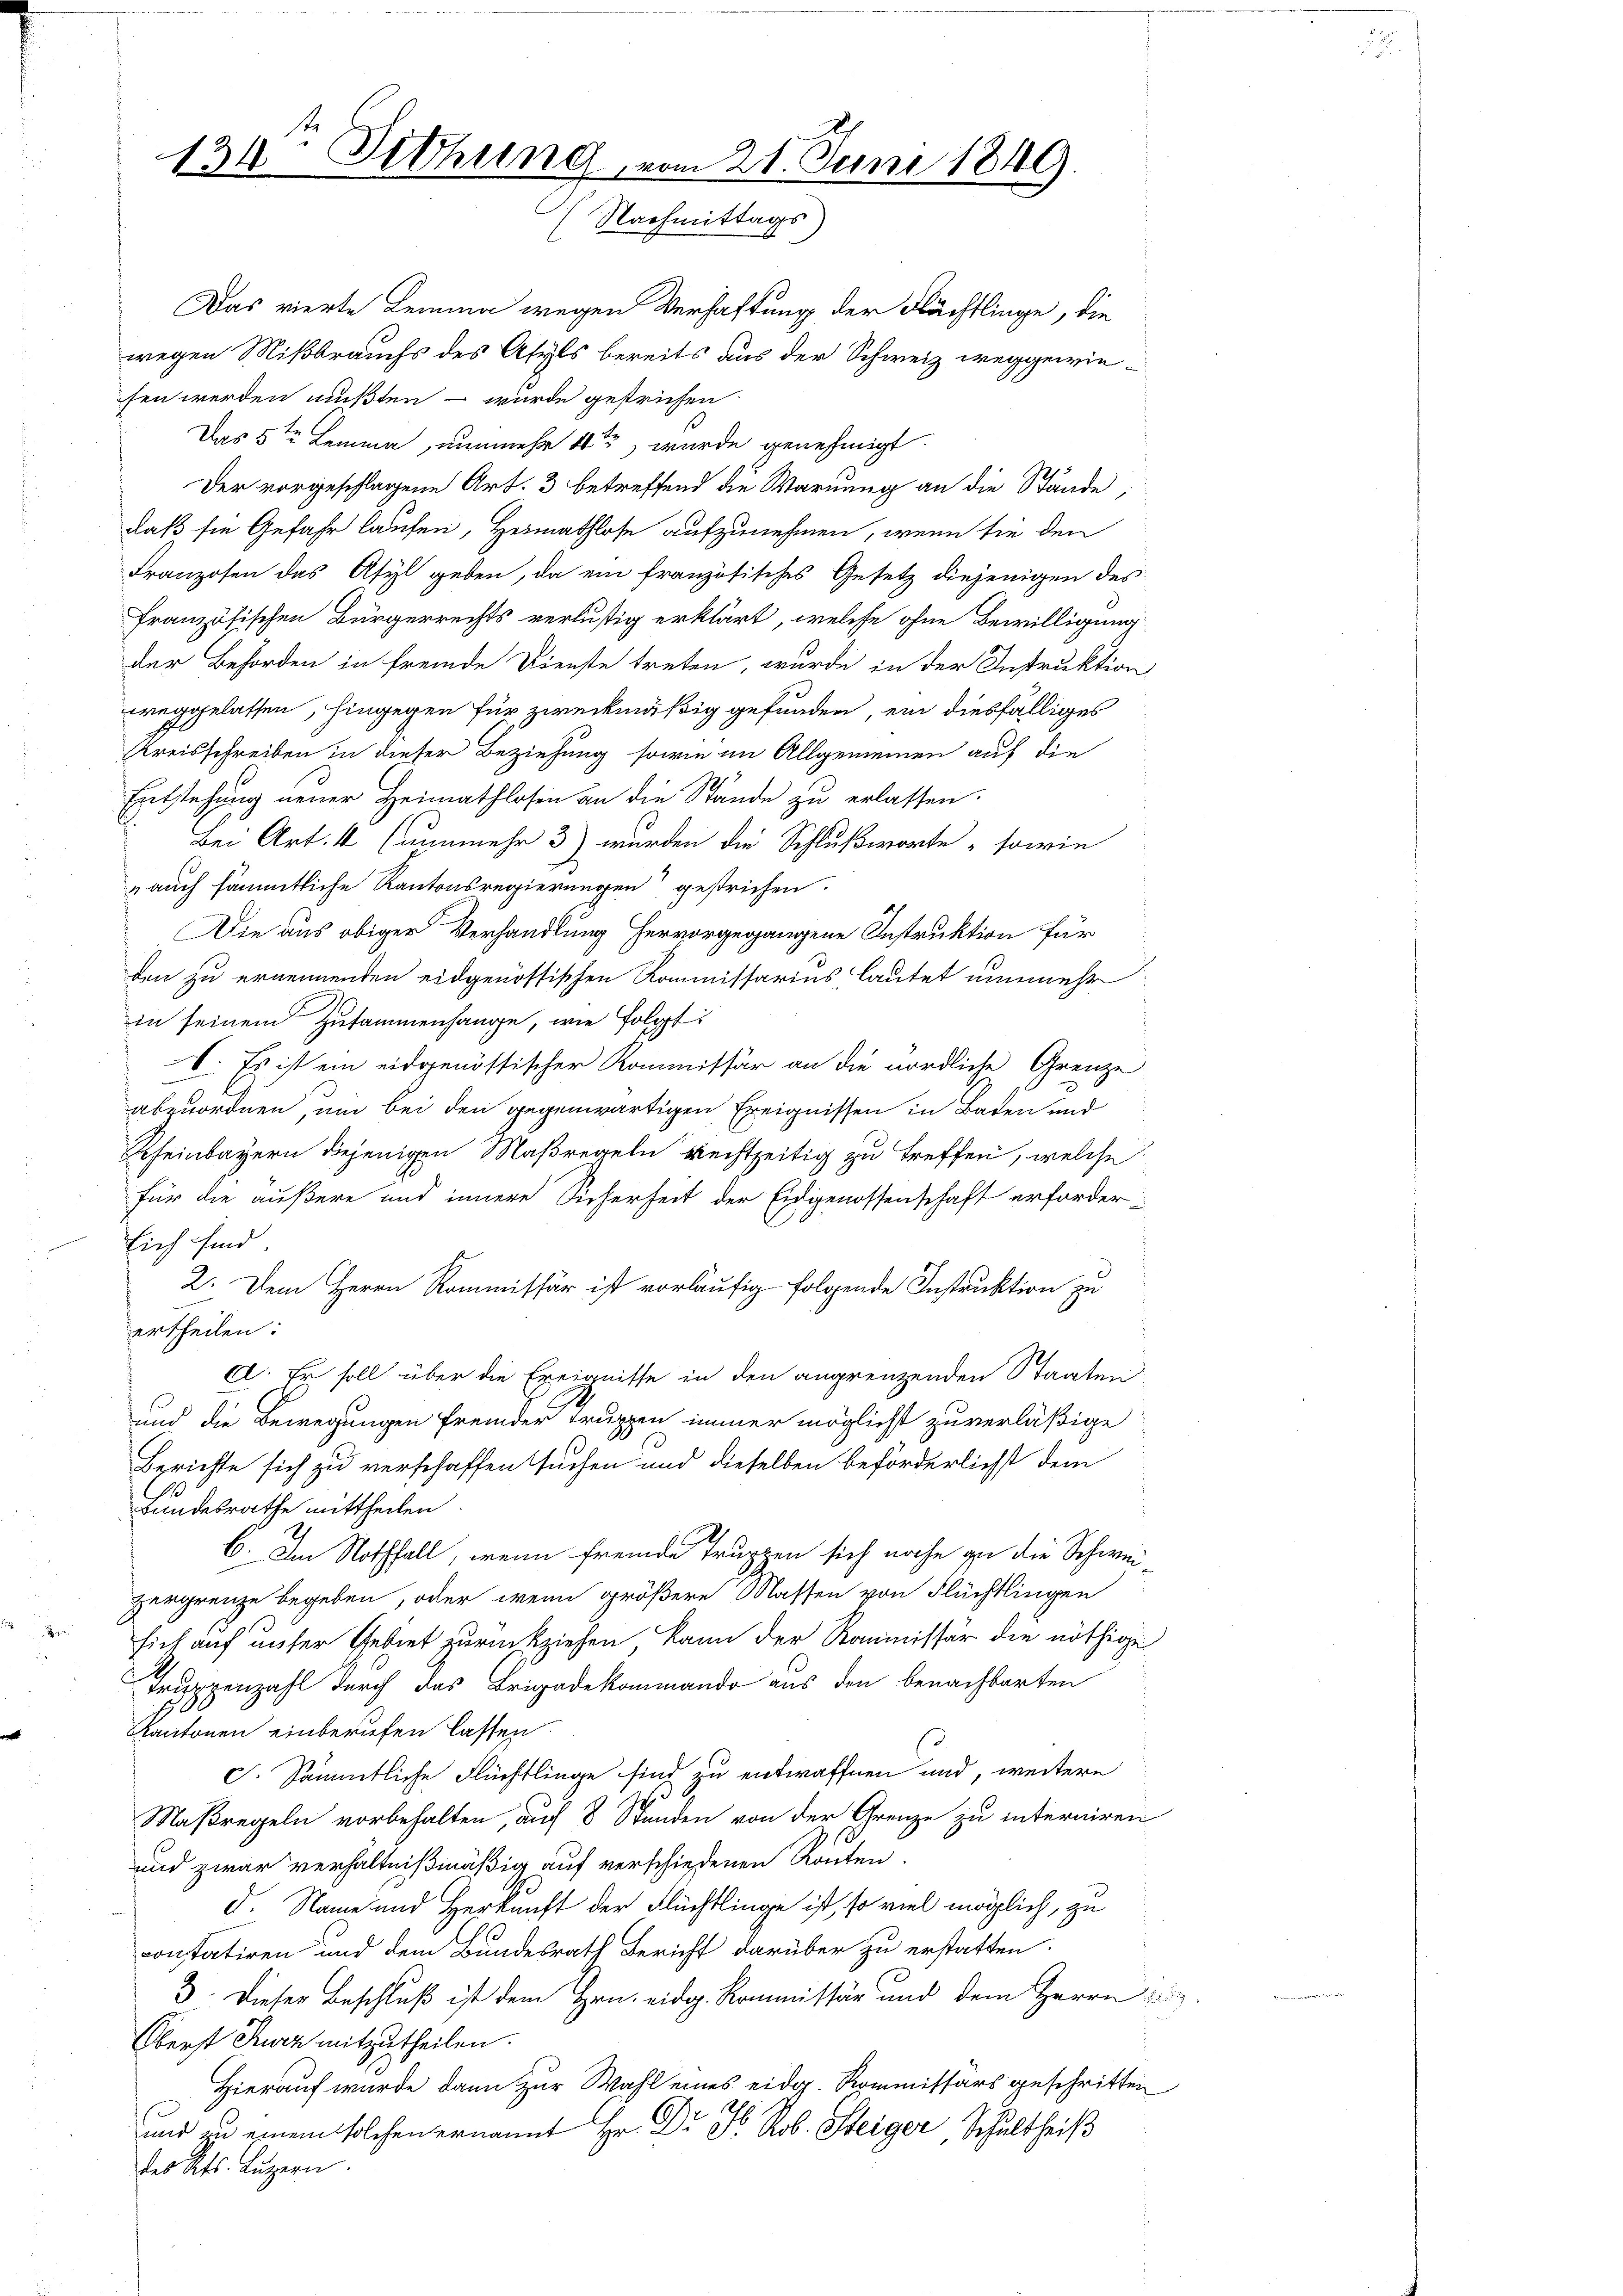
134. Fethung vom 21. Juni 1849.
 Nachmittags
l

sen werden mußten – wurde gestrichen
Das 5ten Lemma, nunmehr 4te wurde genehmigt.
Der vorgeschlagene Art. 3 betreffend die Warnung an die Stände,
daß sie Gefahr laufen, Heimathlose aufzunehmen, wenn sie den
Franzosen das Asyl geben, da ein französisches Gesetz diejenigen des
französischen Bürgerrechts verlustig erklärt, welche ohne Bewilligung
der Behörden in fremde Dienste treten, wurde in der Instruktion
weggelassen, hingegen für zweckmäßig gefunden, ein diesfälliges
Kreisschreiben in dieser Beziehung sowie im Allgemeinen auf die
Entstehung neuer Heimathlosen an die Stände zu erlassen.
Bei Art. 4 (nunmehr 3) wurden die Schlußworte sowie
„auch sämmtliche Kantonsregierungen gestrichen.
Die aus obiger Verhandlung hervorgegangene Instruktion für
den zu ernennenden eidgenössischen Kommissarius lautet nunmehr
in seinem Zusammenhange, wie folgt:
V. Es ist ein eidgenössischer Kommissär an die nördliche Grenze
abzuordnen, um bei den gegenwärtigen Ereignissen in Baden und
Rheinbayern diejenigen Maßregeln rechtzeitig zu treffen, welche
für die äußere und innere Sicherheit der Eidgenossenschaft erforder-
Eich sind
2. Dem Herrn Kommissär ist vorläufig folgende Instruktion zu
ertheilen:
C. Er soll über die Ereignisse in den angrenzenden Staaten
s
und die Bewegungen fremder Truppen immer möglicht zu verläßige
Berichte sich zu verschaffen suchen und dieselben beförderlichst dem
Bundesrathe mittheilen.
2
6. Im Nothfall, wenn fremde Truppen sich noche zu die Schweizergrenze begeben, oder wenn größere Massen von Flüchtlingen
sich auf unser Gebiet zurückziehen, kann der Kommissär die nöthige
Truppenzahl durch das Brigadekommando aus den benachbarten
Kantonen einberufen lassen.
C. Sämmtliche Flüchtlinge sind zu entwaffnen und, weitere
Maßregeln vorbehalten, auf 8 Stunden von der Grenze zu interniren
und zwar verhältnißmäßig auf verschiedenen Routen
d. Name und Herkunft der Flüchtlinge ist, so viel möglich, zu
constatiren und dem Bundesrath Bericht darüber zu erstatten.
3. Dieser Beschluß ist dem Hrn. eidg. Kommissär und dem Herrn
Oberst Jez mitzutheilen.
Hierauf wurde dann zur Wahl eines eidg. Kommissärs geschritten
und zu einem solchen ernannt Hr. Dr. F. Rob. Steiger Schultheiß
des Kts. Luzern.

Das vierte Lemma wegen Verhaftung der Flächtlinge, die
wegen Mißbrauchs des Asyls bereits aus der Schweiz weggewie¬

i
s